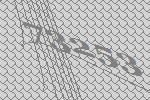
73253